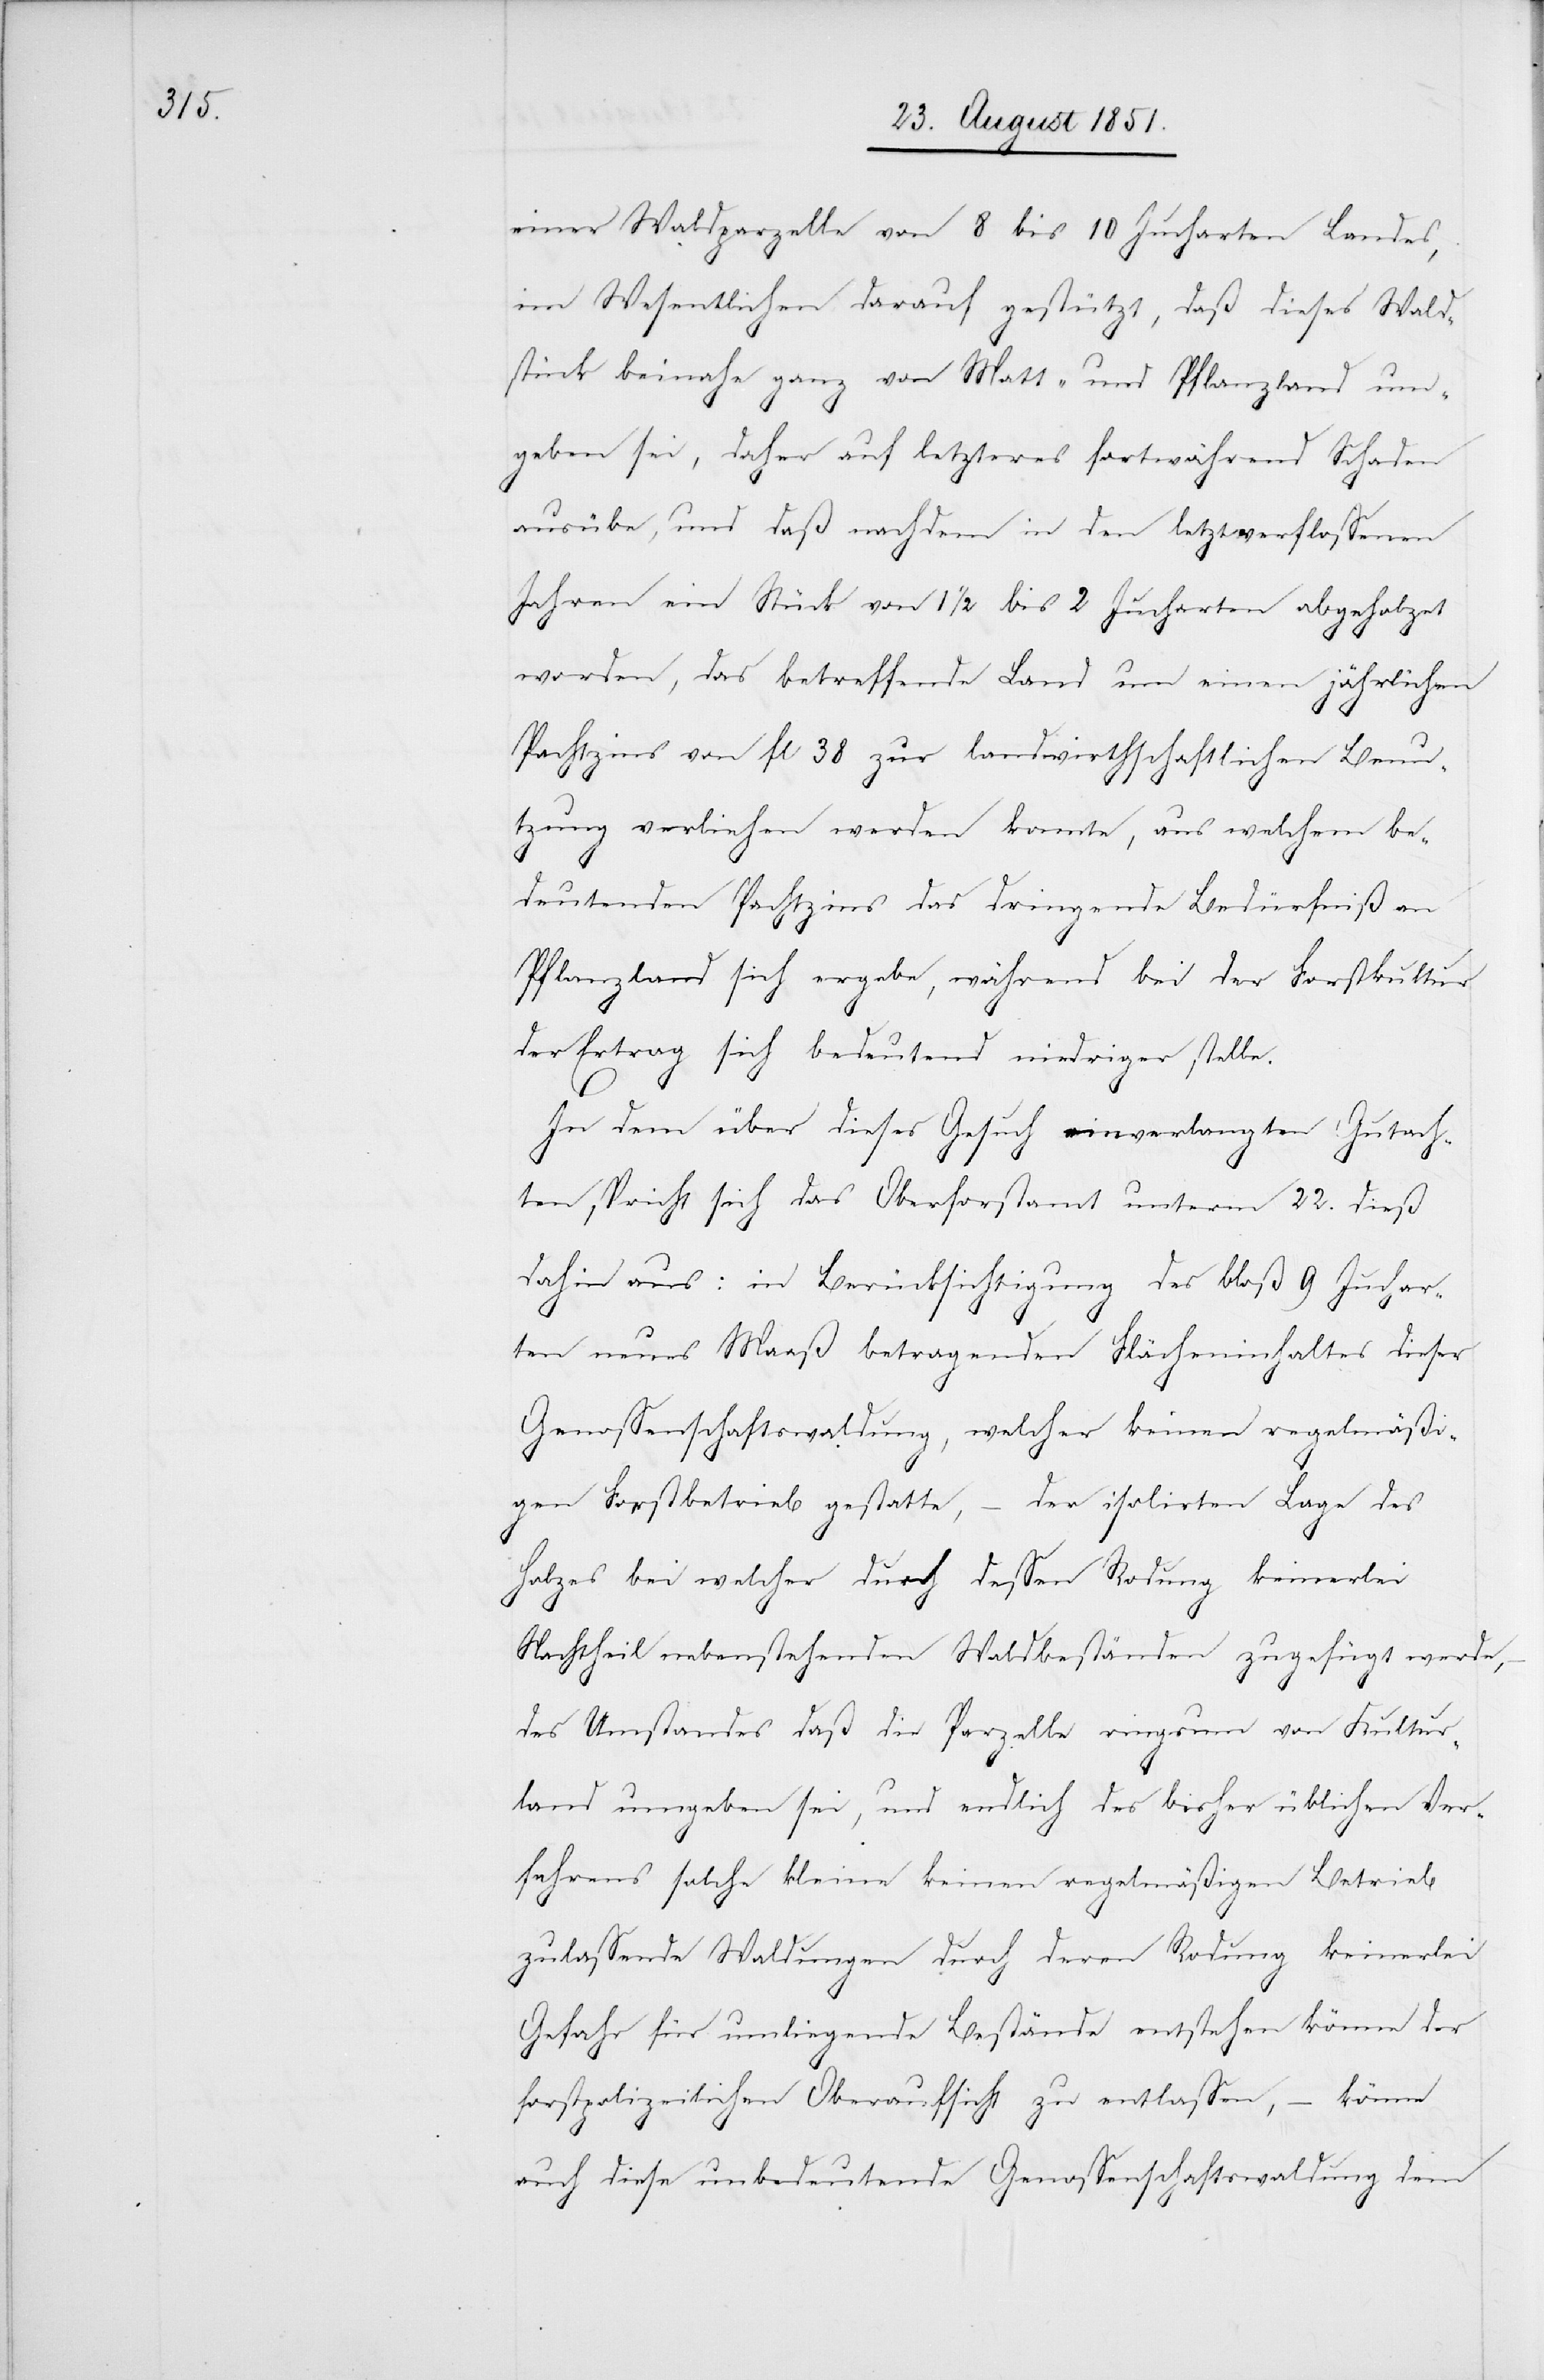
einer Waldparzelle von 8 bis 10 Jucharten Landes,
im Wesentlichen darauf gestützt, daß dieses Wald¬
stück beinahe ganz von Matt- und Pflanzland um¬
geben sei, daher auf letzteres fortwährend Schaden
ausübe, und daß nachdem in den letztverflossenen
Jahren ein Stück von 1 1/2 bis 2 Jucharten abgeholzet
worden, das betreffende Land um einen jährlichen
Pachtzins von fl 38 zur landwirthschaftlichen Benu¬
tzung verliehen werden konnte, aus welchem be¬
deutenden Pachtzins das dringende Bedürfniß an
Pflanzland sich ergebe, während bei der Forstkultur
der Ertrag sich bedeutend niedriger stelle.
In dem über dieses Gesuch einverlangten Gutach¬
ten, spricht sich das Oberforstamt unterm 22. dieß
dahin aus: in Berücksichtigung des bloß 9 Juchar¬
ten neues Maaß betragenden Flächeninhaltes dieser
Genossenschaftswaldung, welcher keinen regelmäßi¬
gen Forstbetrieb gestatte, – der isolirten Lage des
Holzes bei welcher durch dessen Rodung keinerlei
Nachtheil nebenstehenden Waldbeständen zugefügt werde,
des Umstandes daß die Parzelle ringsum von Kultur¬
land umgeben sei, und endlich des bisher üblichen Ver¬
fahrens solche kleine keinen regelmäßigen Betrieb
zulassende Waldungen durch deren Rodung keinerlei
Gefahr für umliegende Bestände entstehen könne der
forstpolizeilichen Oberaufsicht zu entlassen, – könne
auch diese unbedeutende Genossenschaftswaldung dem